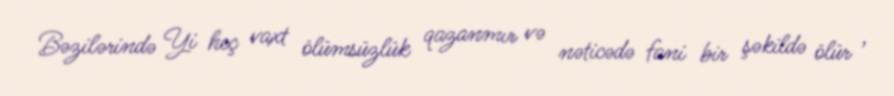
Bəzilərində Yi heç vaxt ölümsüzlük qazanmır və nəticədə fani bir şəkildə ölür ,